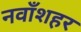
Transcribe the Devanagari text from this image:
नवाँशहर